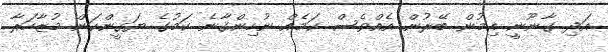
އަދި ގާނޫނީ އިމުން ބޭރުން އެއްވެސް ކަމެއް ނުހިންގާނެ ކަމުގެ ޔަގީންކަން މުޒާހަރާ